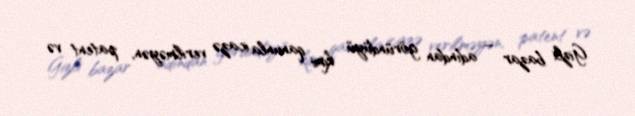
Gizli bazar – adından göründüyü kimi qanunla icazə verilməyən, patent və